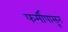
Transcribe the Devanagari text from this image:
फर्मीपासून